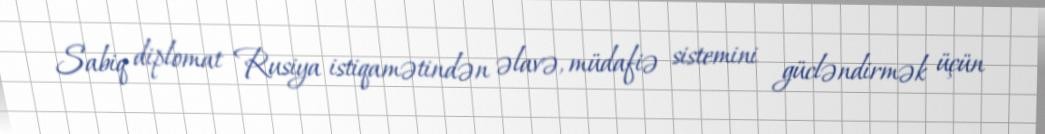
Sabiq diplomat Rusiya istiqamətindən əlavə, müdafiə sistemini gücləndirmək üçün